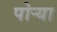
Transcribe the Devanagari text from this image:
पोऱ्या